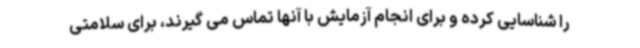
را شناسایی کرده و برای انجام آزمایش با آنها تماس می گیرند، برای سلامتی